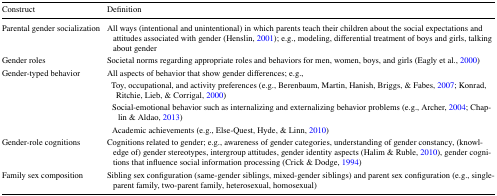
<table><thead><tr><td><b>Construct</b></td><td><b>Definition</b></td></tr></thead><tbody><tr><td>Parental gender socialization</td><td>All ways (intentional and unintentional) in which parents teach their children about the social expectations and attitudes associated with gender (Henslin, 2001); e.g., modeling, differential treatment of boys and girls, talking about gender</td></tr><tr><td>Gender roles</td><td>Societal norms regarding appropriate roles and behaviors for men, women, boys, and girls (Eagly et al., 2000)</td></tr><tr><td rowspan="4">Gender-typed behavior</td><td>All aspects of behavior that show gender differences; e.g.,</td></tr><tr><td>Toy, occupational, and activity preferences (e.g., Berenbaum, Martin, Hanish, Briggs, &amp; Fabes, 2007; Konrad, Ritchie, Lieb, &amp; Corrigal, 2000)</td></tr><tr><td> Social-emotional behavior such as internalizing and externalizing behavior problems (e.g., Archer, 2004; Chaplin &amp; Aldao, 2013)</td></tr><tr><td> Academic achievements (e.g., Else-Quest, Hyde, &amp; Linn, 2010)</td></tr><tr><td>Gender-role cognitions</td><td>Cognitions related to gender; e.g., awareness of gender categories, understanding of gender constancy, (knowledge of) gender stereotypes, intergroup attitudes, gender identity aspects (Halim &amp; Ruble, 2010), gender cognitions that influence social information processing (Crick &amp; Dodge, 1994)</td></tr><tr><td>Family sex composition</td><td>Sibling sex configuration (same-gender siblings, mixed-gender siblings) and parent sex configuration (e.g., single-parent family, two-parent family, heterosexual, homosexual)</td></tr></tbody></table>